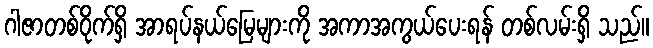
ဂါဇာတစ်ဝိုက်ရှိ အာရပ်နယ်မြေများကို အကာအကွယ်ပေးရန် တစ်လမ်းရှိ သည်။